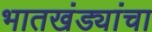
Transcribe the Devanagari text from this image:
भातखंड्यांचा